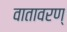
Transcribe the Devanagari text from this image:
वातावरण्